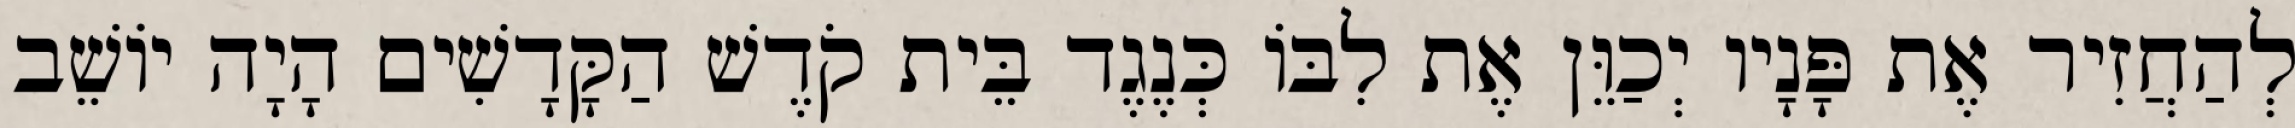
לְהַחֲזִיר אֶת פָּנָיו יְכַוֵּן אֶת לִבּוֹ כְּנֶגֶד בֵּית קֹדֶשׁ הַקָּדָשִׁים הָיָה יוֹשֵׁב